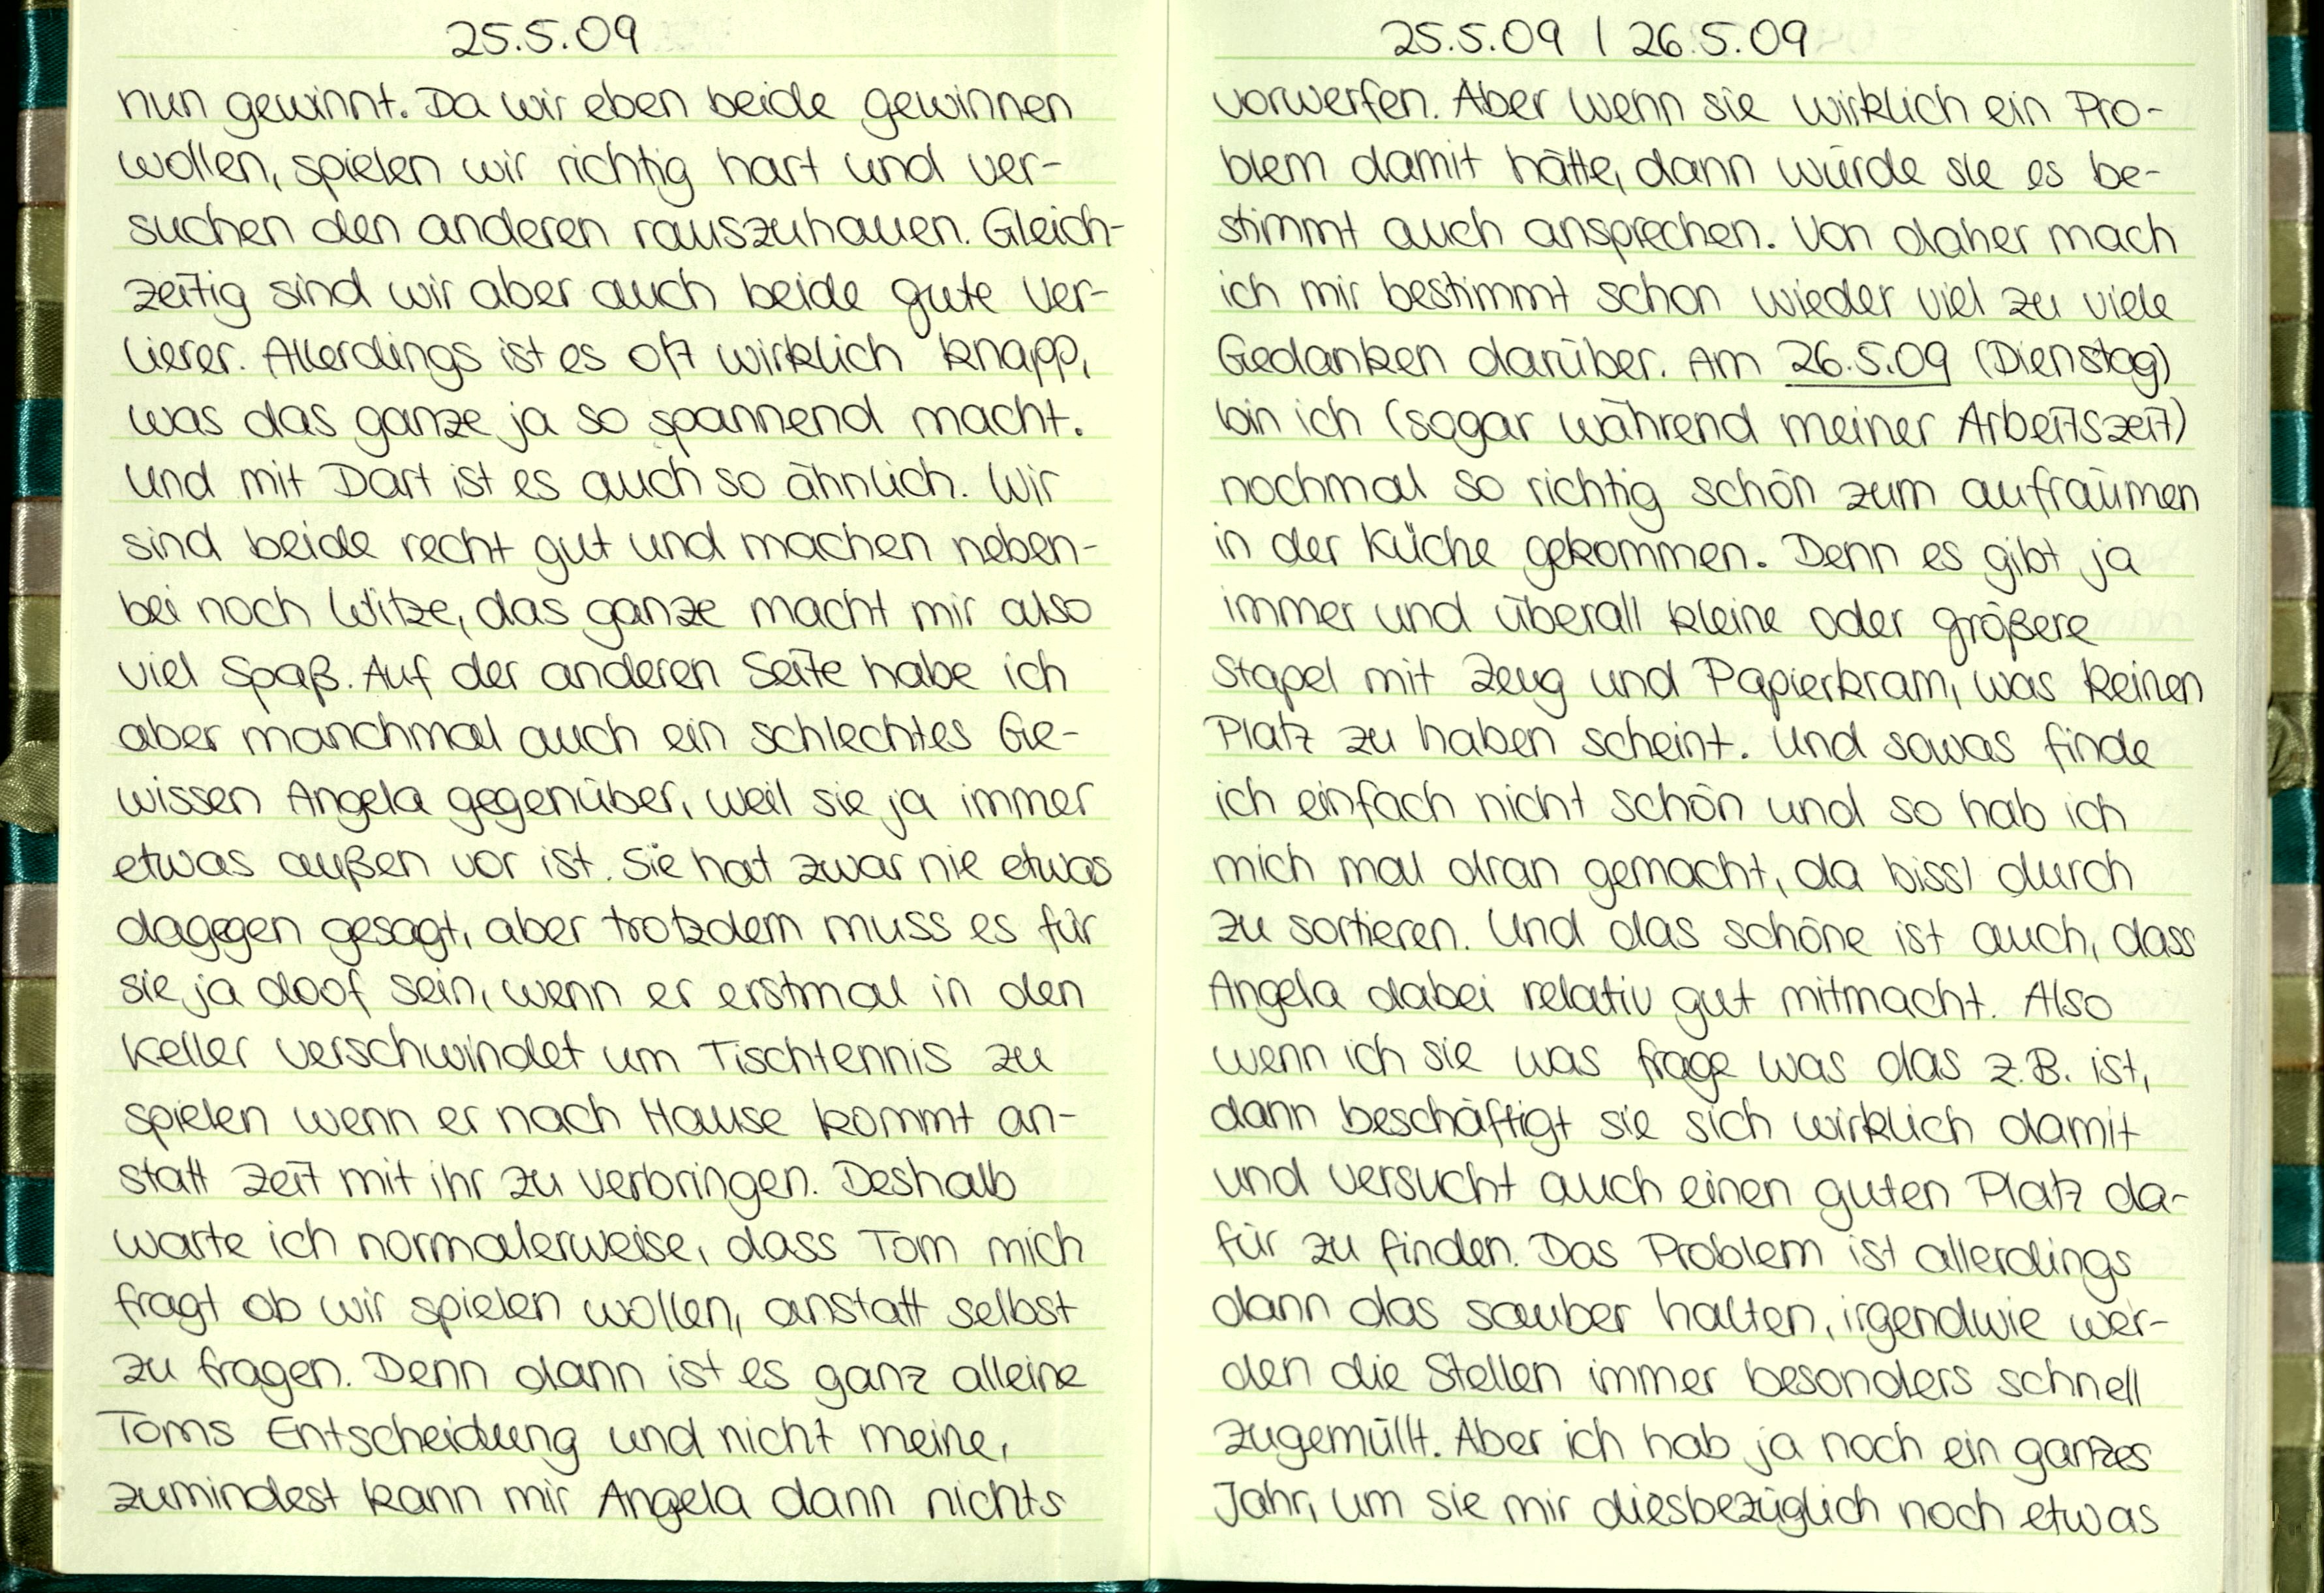
25.5.09
nun gewinnt. Da wir eben beide gewinnen
wollen, spielen wir richtig hart und ver-
suchen den anderen rauszuhauen. Gleich-
zeitig sind wir aber auch beide gute Ver-
lierer. Allerdings ist es oft wirklich knapp,
was das ganze ja so spannend macht.
Und mit Dart ist es auch so ählich. Wir
sind beide recht gut und machen neben-
bei noch Witze, das ganze macht mir also
viel Spaß. Auf der anderen Seite habe ich
aber manchmal auch ein schlechtes Ge-
wissen Angela gegenüber, weil sie ja immer
etwas außen vor ist. Sie hat zwar nie etwas
dagegen gesagt, aber trotzdem muss es für
sie ja doof sein, wenn er erstmal in den
Keller verschwindet um Tischtennis zu
spielen wenn er nach Hause kommt an-
statt Zeit mit ihr zu verbringen. Deshalb
warte ich normalerweise, dass Tom mich
fragt ob wir spielen wollen, anstatt selbst
zu fragen. Denn dann ist es ganz alleine
Toms Entscheidung und nicht meine,
zumindest kann mir Angela dann nichts

25.5.09 / 26.5.09
vorwerfen. Aber wenn sie wirklich ein Pro-
blem damit hätte, dann würde sie es be-
stimmt auch ansprechen. Von daher mach
ich mir bestimmt schon wieder viel zu viele
Gedanken darüber. Am 26.5.09 (Dienstag)
bin ich (sogar während meiner Arbeitsseit)
nochmal so richtig schön zum aufräumen
in der Küche gekommen. Denn es gibt ja
immer und überall kleine oder größere
Stapel mit Zeug und Papierkram, was keinen
Platz zu haben scheint. Und sowas finde
ich einfach nicht schön und so hab ich
mich mal dran gemacht, da bissl durch
zu sorteren. Und das schöne ist auch, dass
Angela dabei relativ gut mitmacht. Also
wenn ich sie was frage was das z.B. ist,
dann beschäftigt sie sich wirklich damit
und versucht auch einen guten Platz da-
für zu finden. Das Problem ist allerdings
dann das sauber halten, irgendwie wer-
den die Stellen immer besonders schnell
zugemüllt. Aber ich hab ja noch ein ganzes
Jahr, um sie mir diesbezüglich noch etwas